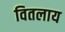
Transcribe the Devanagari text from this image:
वितलाय